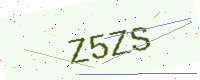
Text: Z5ZS